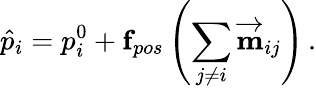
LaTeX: \hat{p}_{i}=p_{i}^{0}+\mathbf{f}_{pos}\left(\sum_{j\neq i}\mathbf{\overrightarrow{m}}_{ij}\right)\, .